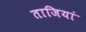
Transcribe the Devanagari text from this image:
ताजियां